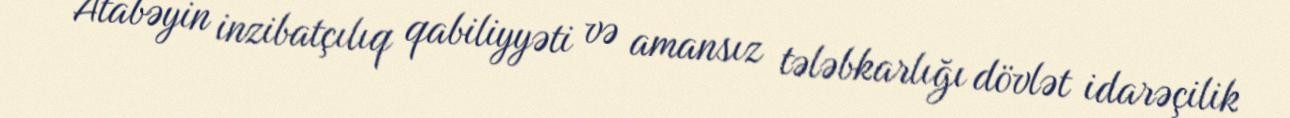
Atabəyin inzibatçılıq qabiliyyəti və amansız tələbkarlığı dövlət idarəçilik